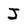
Character: J